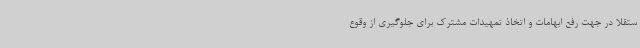
ستقلاً در جهت رفع ابهامات و اتخاذ تمهیدات مشترک برای جلوگیری از وقوع